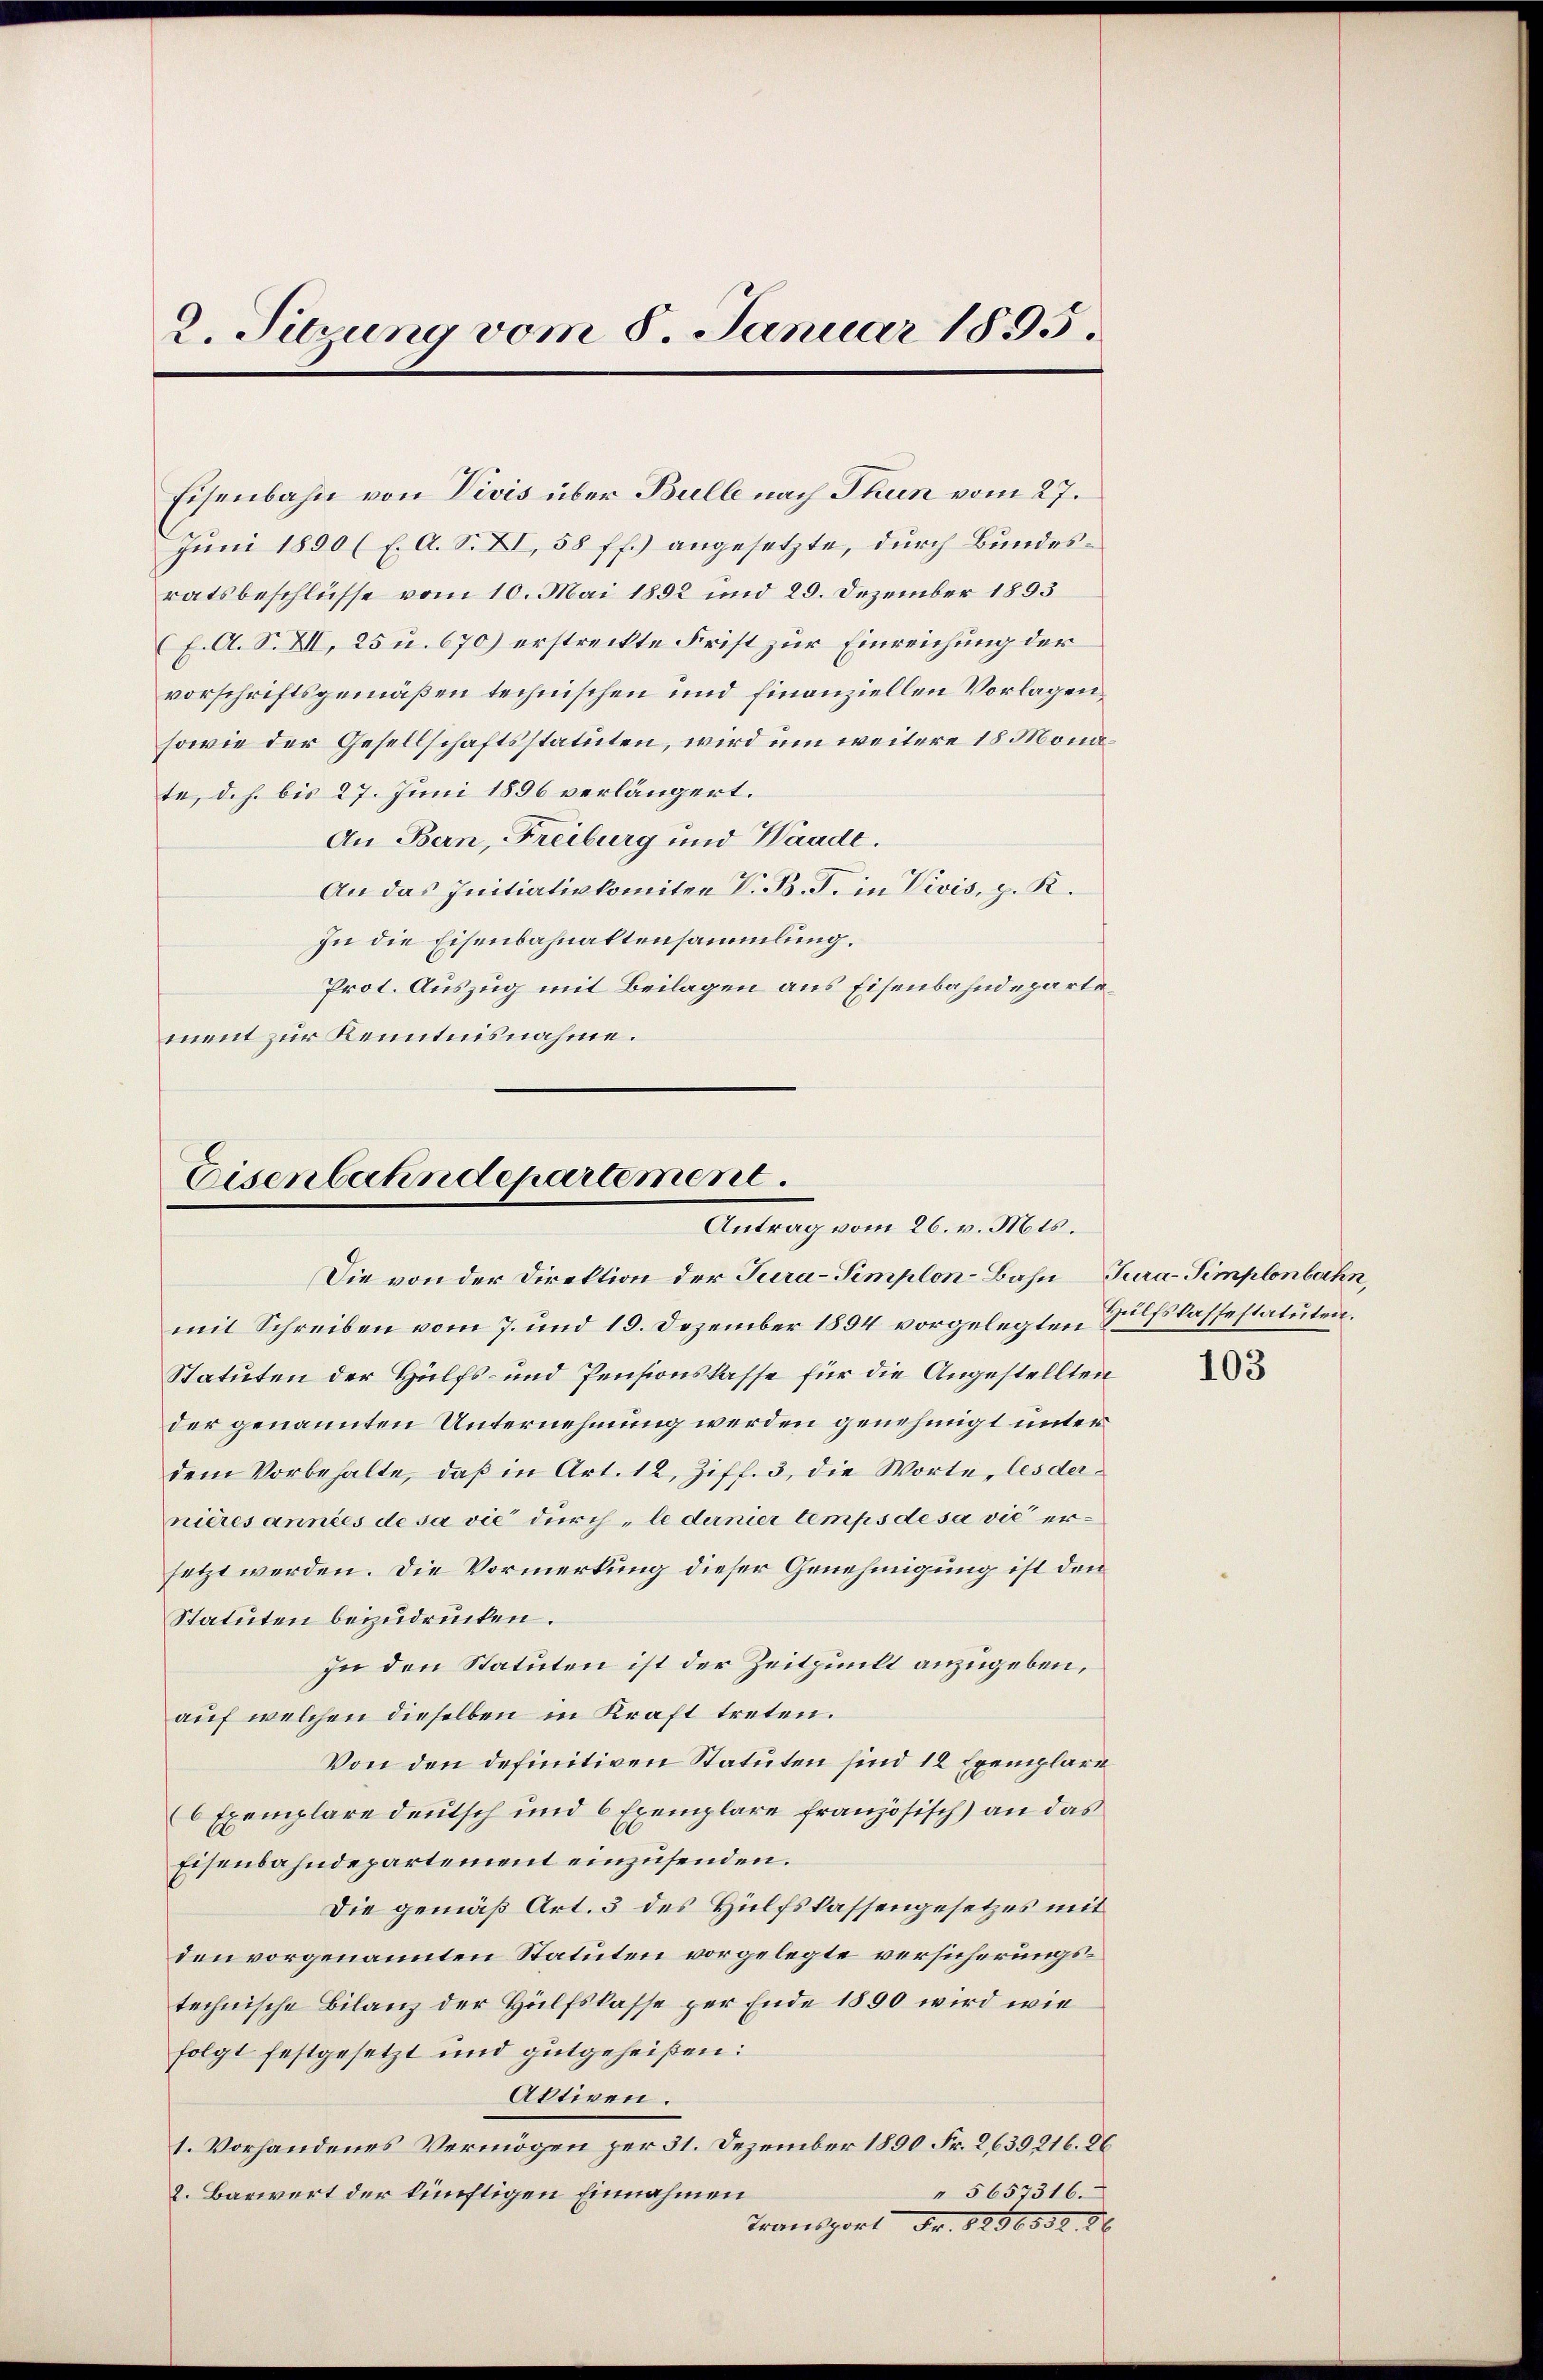
2. Sirung vom 8. Januar 1895.

Eisenbahn von Divis über Bulle nach Thun vom 27.
Juni 1890 (E. A. S. XI, 58 ff.) angesetzte, durch Bundesratsbeschlüsse vom 10. Mai 1892 und 29. Dezember 1893
(J. A. S. XII. 25 u. 670) erstreckte Frist zur Einreichung der
vorschriftsgemäßen technischen und finanziellen Vorlagen
sowie der Gesellschaftsstatuten, wird um weitere 18 Monate, d. h. bis 27. Juni 1896 verlängert.
An Bern, Freiburg und Waade.
An das Initiativkomitee V. B. J. in Divis, p. K.
In die Eisenbahnaltensammlung.
Prot. Auszug mit Beilagen aus Eisenbahndepartement zur Kenntnisnahme.

Eisenbahndepartement.
Antrag vom 26. v. Mts.

Die von der Direktion der Jura-Simplon-Bahn Tura-Simplenbahn
mit Schreiben vom 7. und 19. Dezember 1894 vorgelegten Eskaffestatuten.
Statuten der Hülfs- und Pensionskasse für die Angestellten
der genannten Unternehmung werden genehmigt unter
dem Vorbehalte, daß in Art. 12, Ziff. 3, die Worte, les dernieresannies de sa vie durch „le dernier temps de sa vie ersetzt werden. Die Vormerkung dieser Genehmigung ist den
Statuten beizudrücken.
In den Statuten ist der Zeitpunkt anzugeben,
auf welchen dieselben in Kraft treten.
Von den definitiven Statuten sind 12 Exemplare
6 Exemplare deutsch und 6 Exemplare französisch) an das
Eisenbahndepartement einzusenden.
Die gemäß Art. 3 des Hülfskassengesetzes mit
den vorgenannten Statuten vorgelegte versicherungstechnische Bilanz der Hülfslasse per Ende 1890 wird wie
folgt festgesetzt und gutgeheißen:
Aktiven.
1. Vorhandenes Vermögen per 31. Dezember 1890 Fr. 2639 216. 26
" 5657316.
2. Barwert der künftigen Einnahmen
Transport Fr. 8256532. 86

103